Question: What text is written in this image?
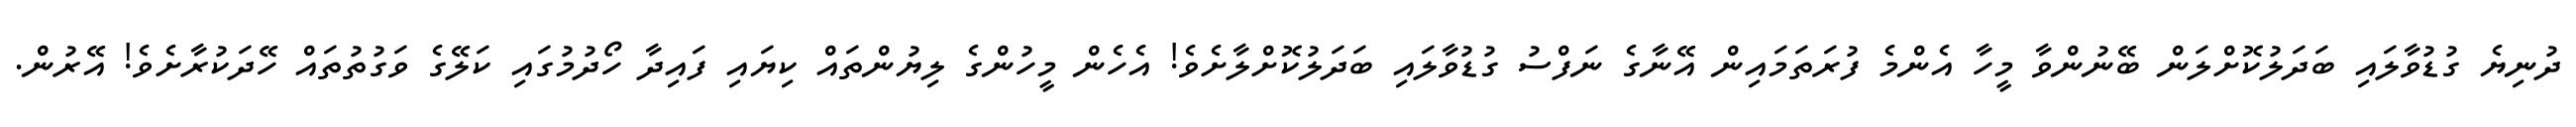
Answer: ދުނިޔެ ގުޑުވާލައި ބަދަލުކޮށްލަން ބޭނުންވާ މީހާ އެންމެ ފުރަތަމައިން އޭނާގެ ނަފްސު ގުޑުވާލައި ބަދަލުކޮށްލާށެވެ! އެހެން މީހުންގެ ލިޔުންތައް ކިޔައި ފައިދާ ހޯދުމުގައި ކަލޭގެ ވަގުތުތައް ހޭދަކުރާށެވެ! އޭރުން.